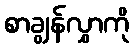
စာချွန်လွှာကို